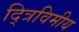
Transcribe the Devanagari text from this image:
द्त्रिविमीय